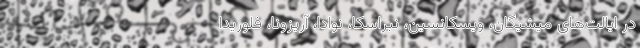
در ایالت‌های میشیگان، ویسکانسین، نبراسکا، نوادا، آریزونا، فلوریدا